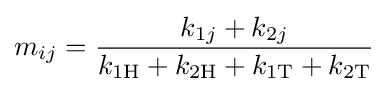
m_{ij}={\frac {k_{1j}+k_{2j}}{k_{\mathrm {1H} }+k_{\mathrm {2H} }+k_{\mathrm {1T} }+k_{\mathrm {2T} }}}